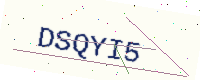
Text: DSQYI5